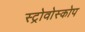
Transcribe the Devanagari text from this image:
स्ट्रोवोस्कोप